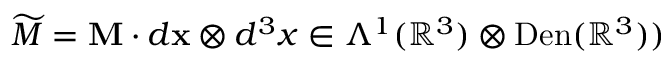
\widetilde { M } = { \mathbf { M } } \cdot d { \mathbf { x } } \otimes d ^ { 3 } x \in \Lambda ^ { 1 } ( \mathbb { R } ^ { 3 } ) \otimes \mathrm { D e n } ( \mathbb { R } ^ { 3 } ) )